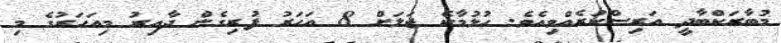
މުބާރަކްބާދީ އަރިސްކުރެއްވިއެވެ. ހުޅުމާކެ ޖަލަށް 8 އަހަރު ފުރިގެން ދާއިރު މިއަހަރުގެ މި